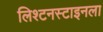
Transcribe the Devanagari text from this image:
लिश्टनस्टाइनला